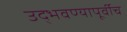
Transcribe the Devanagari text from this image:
उद्भवण्यापूर्वीच